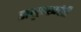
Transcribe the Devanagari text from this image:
ससुरखदेरी